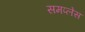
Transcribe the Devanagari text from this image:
समप्लेस